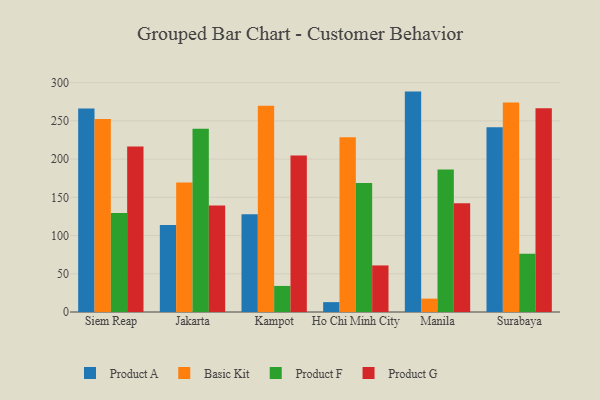
{"axis": {"x": "City", "y": "Humidity (%)"}, "legend": ["Basic Kit", "Product A", "Product F", "Product G"], "data": [{"x": "Siem Reap", "y": 266.3, "type": "Product A"}, {"x": "Siem Reap", "y": 252.6, "type": "Basic Kit"}, {"x": "Siem Reap", "y": 129.6, "type": "Product F"}, {"x": "Siem Reap", "y": 216.4, "type": "Product G"}, {"x": "Jakarta", "y": 113.9, "type": "Product A"}, {"x": "Jakarta", "y": 169.4, "type": "Basic Kit"}, {"x": "Jakarta", "y": 239.8, "type": "Product F"}, {"x": "Jakarta", "y": 139.3, "type": "Product G"}, {"x": "Kampot", "y": 127.9, "type": "Product A"}, {"x": "Kampot", "y": 269.7, "type": "Basic Kit"}, {"x": "Kampot", "y": 34.1, "type": "Product F"}, {"x": "Kampot", "y": 204.6, "type": "Product G"}, {"x": "Ho Chi Minh City", "y": 12.9, "type": "Product A"}, {"x": "Ho Chi Minh City", "y": 228.7, "type": "Basic Kit"}, {"x": "Ho Chi Minh City", "y": 168.8, "type": "Product F"}, {"x": "Ho Chi Minh City", "y": 60.9, "type": "Product G"}, {"x": "Manila", "y": 288.3, "type": "Product A"}, {"x": "Manila", "y": 17.5, "type": "Basic Kit"}, {"x": "Manila", "y": 186.3, "type": "Product F"}, {"x": "Manila", "y": 142.4, "type": "Product G"}, {"x": "Surabaya", "y": 241.8, "type": "Product A"}, {"x": "Surabaya", "y": 273.9, "type": "Basic Kit"}, {"x": "Surabaya", "y": 76.1, "type": "Product F"}, {"x": "Surabaya", "y": 266.5, "type": "Product G"}]}